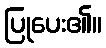
ပြုပေး၏။